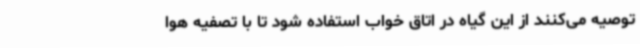
توصیه می‌کنند از این گیاه در اتاق خواب استفاده شود تا با تصفیه هوا